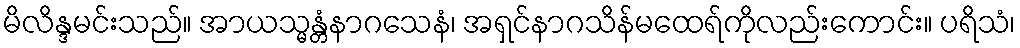
မိလိန္ဒမင်းသည်။ အာယသ္မန္တံနာဂသေနံ၊ အရှင်နာဂသိန်မထေရ်ကိုလည်းကောင်း။ ပရိသံ၊